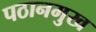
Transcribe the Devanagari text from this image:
पठानमुख